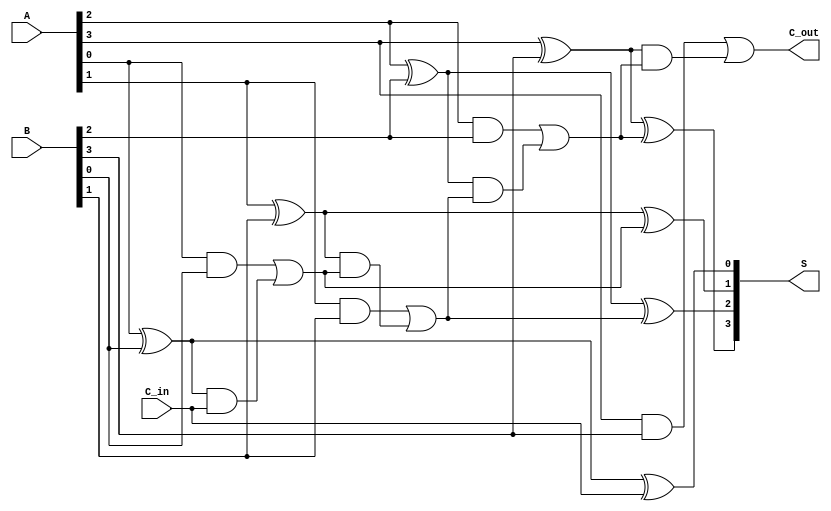
module ParallelFullAdder #(parameter n = 4) (
    input  [n-1:0] A,       // n-bit input A
    input  [n-1:0] B,       // n-bit input B
    input         C_in,     // Carry input for the least significant bit
    output [n-1:0] S,       // n-bit sum output
    output        C_out      // Carry output from the most significant bit
);

    wire [n:0] C; // Carry wires, C[0] is C_in, C[n] is C_out

    // Assign the initial carry input
    assign C[0] = C_in;

    // Generate the full adders
    genvar i;
    generate
        for (i = 0; i < n; i = i + 1) begin : full_adder
            // Sum output for each bit
            assign S[i] = A[i] ^ B[i] ^ C[i];

            // Carry output for each bit
            assign C[i + 1] = (A[i] & B[i]) | ((A[i] ^ B[i]) & C[i]);
        end
    endgenerate

    // Final carry out
    assign C_out = C[n];

endmodule